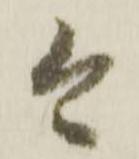
今